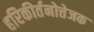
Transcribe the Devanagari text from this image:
हरिकीर्तनोत्तेजक